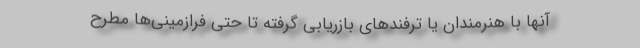
آنها با هنرمندان یا ترفندهای بازریابی گرفته تا حتی فرازمینی‌ها مطرح